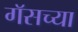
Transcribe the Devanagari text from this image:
गॅसच्या